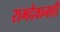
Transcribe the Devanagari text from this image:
रामदेवानाही